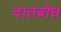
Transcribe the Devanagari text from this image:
दातबोध